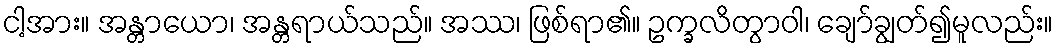
ငါ့အား။ အန္တာယော၊ အန္တရာယ်သည်။ အဿ၊ ဖြစ်ရာ၏။ ဥက္ခလိတွာဝါ၊ ချော်ချွတ်၍မူလည်း။